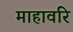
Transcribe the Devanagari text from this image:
माहावरि